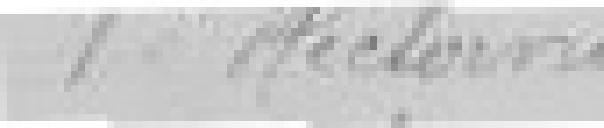
Veuve Hectorne